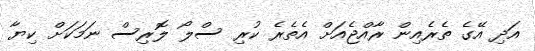
އަދި އޭގެ ތެރެއިން ރާއްޖެއަށް އެތެރެ ކުރި ސްލޯ ލޮރިސް ނަމަކަށް ކިޔާ